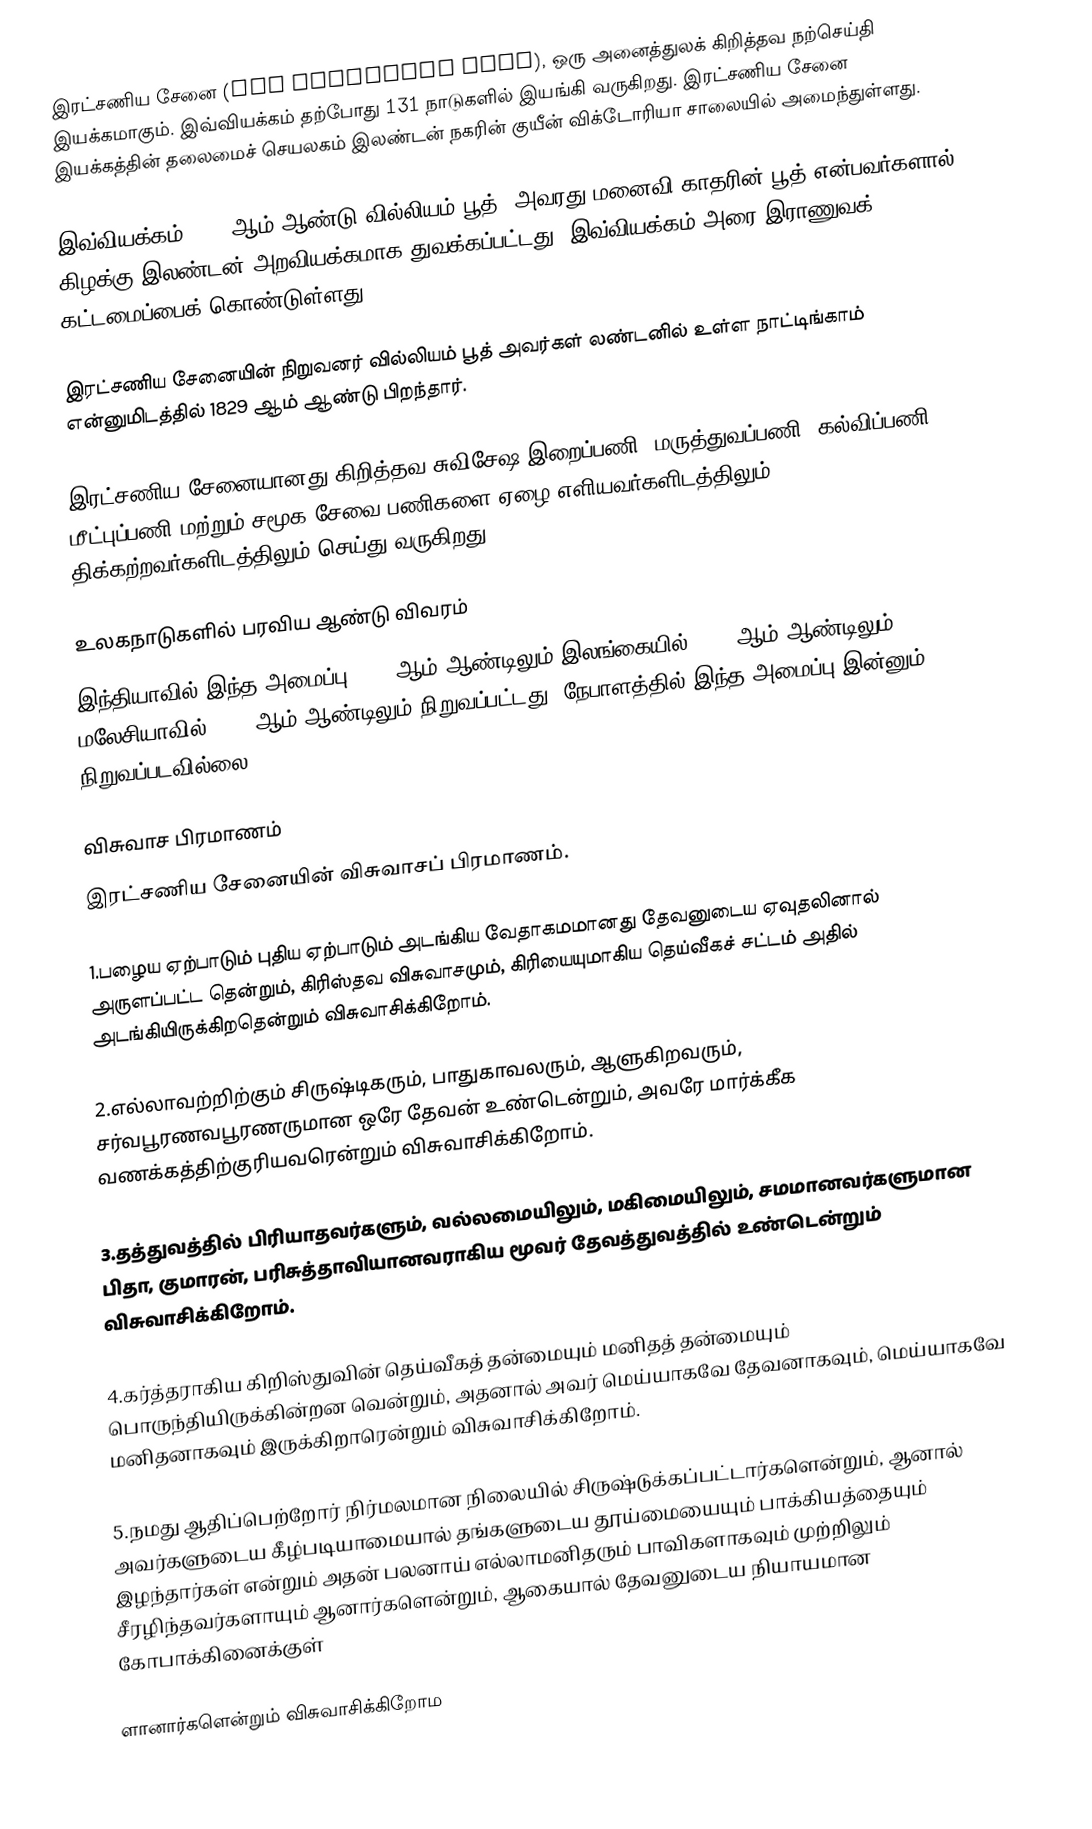
இரட்சணிய சேனை (The Salvation Army), ஒரு அனைத்துலக் கிறித்தவ நற்செய்தி இயக்கமாகும். இவ்வியக்கம் தற்போது 131 நாடுகளில் இயங்கி வருகிறது. இரட்சணிய சேனை இயக்கத்தின் தலைமைச் செயலகம் இலண்டன் நகரின் குயீன் விக்டோரியா சாலையில் அமைந்துள்ளது.

இவ்வியக்கம் 1865 ஆம் ஆண்டு வில்லியம் பூத், அவரது மனைவி காதரின் பூத் என்பவர்களால் கிழக்கு இலண்டன் அறவியக்கமாக துவக்கப்பட்டது. இவ்வியக்கம் அரை-இராணுவக் கட்டமைப்பைக் கொண்டுள்ளது.

இரட்சணிய சேனையின் நிறுவனர் வில்லியம் பூத் அவர்கள் லண்டனில் உள்ள நாட்டிங்காம் என்னுமிடத்தில் 1829 ஆம் ஆண்டு பிறந்தார்.

இரட்சணிய சேனையானது கிறித்தவ சுவிசேஷ இறைப்பணி, மருத்துவப்பணி, கல்விப்பணி, மீட்புப்பணி மற்றும் சமூக சேவை பணிகளை ஏழை எளியவர்களிடத்திலும், திக்கற்றவர்களிடத்திலும் செய்து வருகிறது.

உலகநாடுகளில் பரவிய ஆண்டு விவரம்
இந்தியாவில் இந்த அமைப்பு 1882 ஆம் ஆண்டிலும் இலங்கையில் 1883 ஆம் ஆண்டிலும் மலேசியாவில் 1938 ஆம் ஆண்டிலும் நிறுவப்பட்டது. நேபாளத்தில் இந்த அமைப்பு இன்னும் நிறுவப்படவில்லை.

விசுவாச பிரமாணம்
இரட்சணிய சேனையின் விசுவாசப் பிரமாணம்.

1.பழைய ஏற்பாடும் புதிய ஏற்பாடும் அடங்கிய வேதாகமமானது தேவனுடைய ஏவுதலினால் அருளப்பட்ட தென்றும், கிரிஸ்தவ விசுவாசமும், கிரியையுமாகிய தெய்வீகச் சட்டம் அதில் அடங்கியிருக்கிறதென்றும் விசுவாசிக்கிறோம்.

2.எல்லாவற்றிற்கும் சிருஷ்டிகரும், பாதுகாவலரும், ஆளுகிறவரும், சர்வபூரணவபூரணருமான ஒரே தேவன் உண்டென்றும், அவரே மார்க்கீக வணக்கத்திற்குரியவரென்றும் விசுவாசிக்கிறோம்.

3.தத்துவத்தில் பிரியாதவர்களும், வல்லமையிலும், மகிமையிலும், சமமானவர்களுமான பிதா, குமாரன், பரிசுத்தாவியானவராகிய மூவர் தேவத்துவத்தில் உண்டென்றும் விசுவாசிக்கிறோம்.

4.கர்த்தராகிய கிறிஸ்துவின் தெய்வீகத் தன்மையும் மனிதத் தன்மையும் பொருந்தியிருக்கின்றன வென்றும், அதனால் அவர் மெய்யாகவே  தேவனாகவும், மெய்யாகவே மனிதனாகவும் இருக்கிறாரென்றும் விசுவாசிக்கிறோம்.

5.நமது ஆதிப்பெற்றோர் நிர்மலமான நிலையில் சிருஷ்டுக்கப்பட்டார்களென்றும், ஆனால் அவர்களுடைய கீழ்படியாமையால் தங்களுடைய தூய்மையையும் பாக்கியத்தையும் இழந்தார்கள் என்றும் அதன் பலனாய் எல்லாமனிதரும் பாவிகளாகவும் முற்றிலும் சீரழிந்தவர்களாயும் ஆனார்களென்றும், ஆகையால் தேவனுடைய நியாயமான கோபாக்கினைக்குள்

ளானார்களென்றும் விசுவாசிக்கிறோம